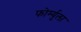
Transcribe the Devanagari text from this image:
फोर्म्युला